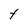
Character: t